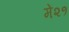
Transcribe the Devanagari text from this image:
में२१